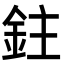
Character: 鉒